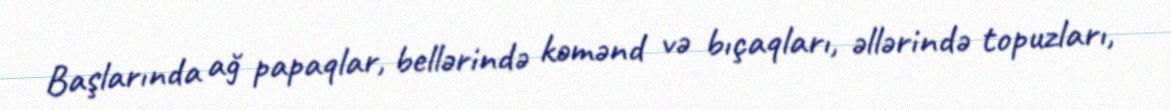
Başlarında ağ papaqlar, bellərində kəmənd və bıçaqları, əllərində topuzları,